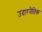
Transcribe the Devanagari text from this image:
उदारनैतिक